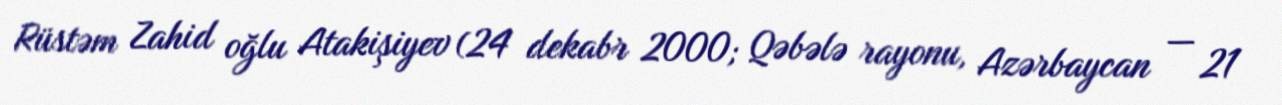
Rüstəm Zahid oğlu Atakişiyev (24 dekabr 2000; Qəbələ rayonu, Azərbaycan — 21